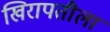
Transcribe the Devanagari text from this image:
खिरापतीला